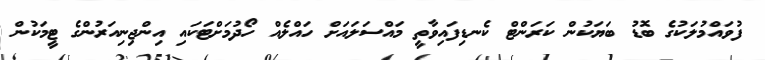
ފުވައްމުލަކުގެ ބޮޑު ބަޔަކުން ކަރަންޓް ކެނޑިފައިވާތީ މައްސަލައަށް ހައްލެއް ހޯދުމަށްޓަކައި އިންޖިނިއަރުންގެ ޓީމަކުން